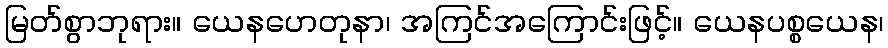
မြတ်စွာဘုရား။ ယေနဟေတုနာ၊ အကြင်အကြောင်းဖြင့်။ ယေနပစ္စယေန၊